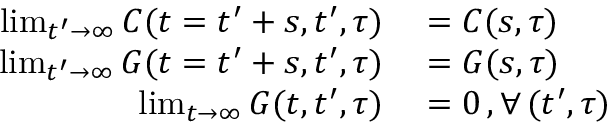
\begin{array} { r l } { \operatorname* { l i m } _ { t ^ { \prime } \rightarrow \infty } C ( t = t ^ { \prime } + s , t ^ { \prime } , \tau ) } & { { } = C ( s , \tau ) } \\ { \operatorname* { l i m } _ { t ^ { \prime } \rightarrow \infty } G ( t = t ^ { \prime } + s , t ^ { \prime } , \tau ) } & { { } = G ( s , \tau ) } \\ { \operatorname* { l i m } _ { t \rightarrow \infty } G ( t , t ^ { \prime } , \tau ) } & { { } = 0 \, , \forall \, ( t ^ { \prime } , \tau ) } \end{array}